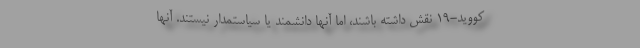
کووید-۱۹ نقش داشته باشند، اما آنها دانشمند یا سیاستمدار نیستند. آنها